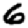
Digit: 6